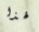
لهذا